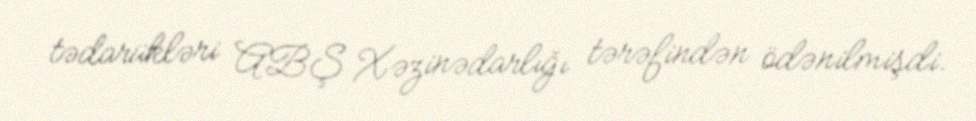
tədarükləri ABŞ Xəzinədarlığı tərəfindən ödənilmişdi.